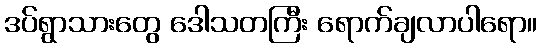
ဒပ်ရွာသားတွေ ဒေါသတကြီး ရောက်ချလာပါရော။